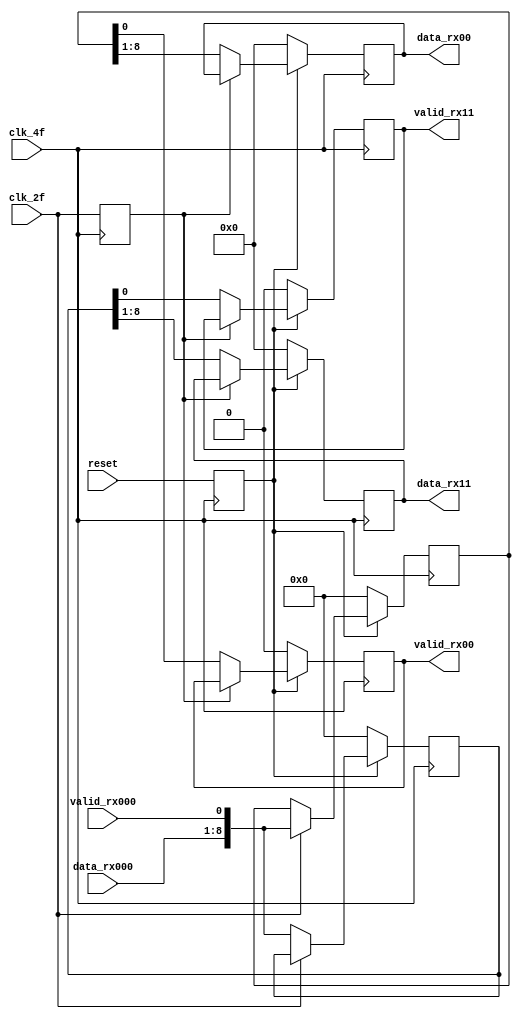
/* CREADOR: FREDDY ZUNIGA CERDAS PARA EL PROYECTO 1 DE
 CIRCUITOS DIGITALES II I SEMESTRE 2021.
 
 ESTE MODULO SE ENCARGA DE PASAR 1 LINEA DE DATOS SERIAL A 
 2 LINEAS DE DATOS EN PARALELO DUPLICANDO EL PERIODO.
 
 LAS SALIDAS YA SALEN SINCRONIZADAS AL FLANCO ALTO DEL clk_2f
 */

module demux1x2_8bits( output reg [7:0] data_rx00, data_rx11,
		       output reg 	valid_rx00, valid_rx11,
		       input wire [7:0] data_rx000,
		       input wire 	valid_rx000, 
		       input wire 	clk_2f, clk_4f, reset );

   reg [8:0] 				paq_00, paq_11;
   reg 					reset_s, clk_2f_s;
   

   /// SE SINCRONIZO EL RELOJO 2F PUES SOLO CREABA
   /// DISCREPANCIAS ENTRE LA SINTESIS Y EL CONDICIONAL
   always @( posedge clk_4f ) begin
      reset_s <= reset;
      clk_2f_s <= clk_2f;
   end

   always @( negedge clk_4f ) begin
      if( !reset_s ) begin
	 paq_00 <= 9'b0;
	 paq_11 <= 9'b0;
      end
      else begin
	 if( clk_2f ) begin
	    paq_00 <= {data_rx000, valid_rx000};
	 end
	 else begin
	    paq_11 <= {data_rx000, valid_rx000};
	 end
      end // else: !if( !reset_s )
   end // always @ ( negedge clk_4f )

   
   always @( posedge clk_4f ) begin
      if( !reset_s ) begin
	 {data_rx00, valid_rx00} <= {8'h00, 1'b0};
	 {data_rx11, valid_rx11} <= {8'h00, 1'b0};
      end
      else begin
	 if( !clk_2f_s ) begin
	    {data_rx00, valid_rx00} <= paq_00;
	    {data_rx11, valid_rx11} <= paq_11;
	 end
      end
   end // always @ ( posedge clk_4f )
   
endmodule // demux2x1_8bits